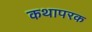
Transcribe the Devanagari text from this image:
कथापरक